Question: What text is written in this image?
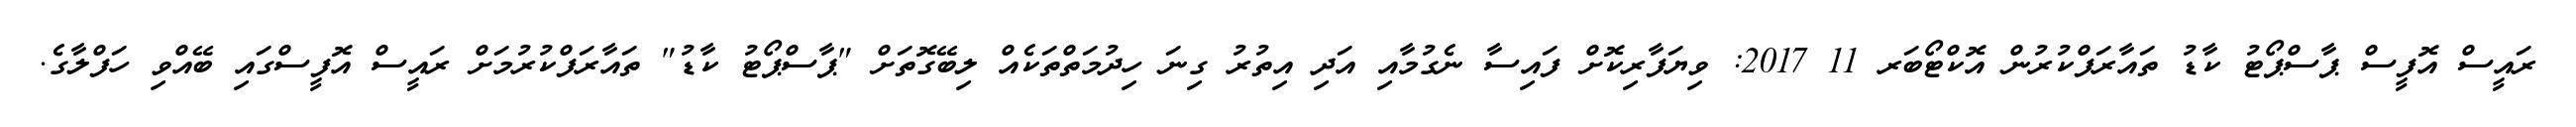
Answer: ރައީސް އޮފީސް ޕާސްޕޯޓު ކާޑު ތައާރަފްކުރުން އޮކްޓޯބަރ 11 2017: ވިޔަފާރިކޮށް ފައިސާ ނެގުމާއި އަދި އިތުރު ގިނަ ހިދުމަތްތަކެއް ލިބޭގޮތަށް "ޕާސްޕޯޓު ކާޑު" ތައާރަފްކުރުމަށް ރައީސް އޮފީސްގައި ބޭއްވި ހަފްލާގެ.